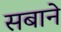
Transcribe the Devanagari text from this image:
सबाने